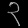
Digit: ၃